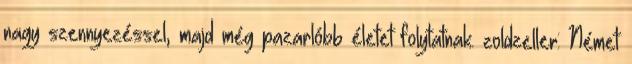
nagy szennyezéssel, majd még pazarlóbb életet folytatnak. zoldzeller: Német